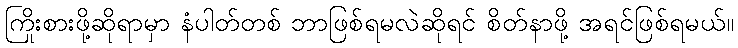
ကြိုးစားဖို့ဆိုရာမှာ နံပါတ်တစ် ဘာဖြစ်ရမလဲဆိုရင် စိတ်နာဖို့ အရင်ဖြစ်ရမယ်။